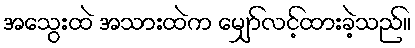
အသွေးထဲ အသားထဲက မျှော်လင့်ထားခဲ့သည်။